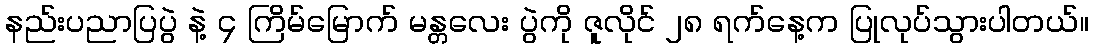
နည်းပညာပြပွဲ နဲ့ ၄ ကြိမ်မြောက် မန္တလေး ပွဲကို ဇူလိုင် ၂၈ ရက်နေ့က ပြုလုပ်သွားပါတယ်။